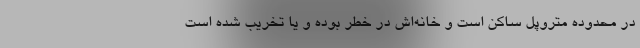
در محدوده متروپل ساکن است و خانه‌اش در خطر بوده و یا تخریب شده است